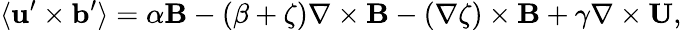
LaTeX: \langle{{\mathbf{u}}^{\prime}\times{\mathbf{b}}^{\prime}}\rangle=\alpha{\mathbf{B}}-(\beta+\zeta)\nabla\times{\mathbf{B}}-(\nabla\zeta)\times{\mathbf{B}}+\gamma\nabla\times{\mathbf{U}},